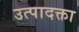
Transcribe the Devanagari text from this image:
उत्पादक्ता